Annual report on the Civil Veterinary Department, Burma (including the Insein Veterinary School) - 1932-1941
Year: 1932
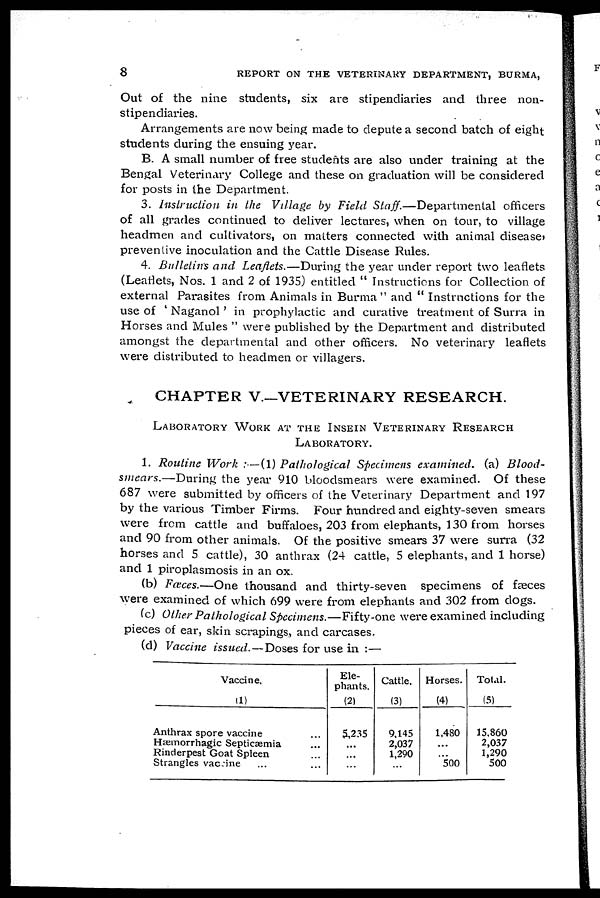
8
REPORT ON THE VETERINARY DEPARTMENT, BURMA,
Out of the nine students, six are stipendiaries and three non-
stipendiaries.
Arrangements are now being made to depute a second batch of eight
students during the ensuing year.
B. A small number of free students are also under training at the
Bengal Veterinary College and these on graduation will be considered
for posts in the Department.
3. Instruction in the Village by Field Staff.—Departmental
officers
of all grades continued to deliver lectures, when on tour, to village
headmen and cultivators, on matters connected with animal disease,
preventive inoculation and the Cattle Disease Rules.
4. Bulletins and Leaflets.—During
the year under report two leaflets
(Leaflets, Nos. 1 and 2 of 1935) entitled " Instructions for Collection of
external Parasites from Animals in Burma " and " Instructions for the
use of ' Naganol ' in prophylactic and curative treatment of Surra in
Horses and Mules " were published by the Department and distributed
amongst the departmental and other officers. No veterinary leaflets
were distributed to headmen or villagers.
CHAPTER V.—VETERINARY RESEARCH.
LABORATORY WORK AT THE INSEIN VETERINARY RESEARCH
LABORATORY.
1. Routine Work :—(1) Pathological Specimens examined. (a) Blood-
smears.—During
the year 910 bloodsmears were examined. Of these
687 were submitted by officers of the Veterinary Department and 197
by the various Timber Firms. Four hundred and eighty-seven smears
were from cattle and buffaloes, 203 from elephants, 130 from horses
and 90 from other animals. Of the positive smears 37 were surra (32
horses and 5 cattle), 30 anthrax (24 cattle, 5 elephants, and 1 horse)
and 1 piroplasmosis in an ox.
(b) Fæces.—One thousand and thirty-seven specimens of faeces
were examined of which 699 were from elephants and 302 from dogs.
(c) Other Pathological Specimens.—Fifty-one
were examined including
pieces of ear, skin scrapings, and carcases.
(d) Vaccine issued. — Doses for use in :—
Vaccine.
(1)
Anthrax spore vaccine ...
Hæmorrhagic Septicæmia ...
Rinderpest Goat Spleen ...
Strangles vaccine ... ...
Ele-
phants.
(2)
5,235
...
...
...
Cattle.
(3)
9,145
2,037
1,290
...
Horses.
(4)
1,480
...
...
500
Total.
(5)
15,860
2,037
1,290
500